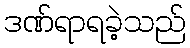
ဒဏ်ရာရခဲ့သည်